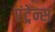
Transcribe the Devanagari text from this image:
एंट्रेन्स